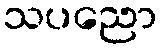
သပညော